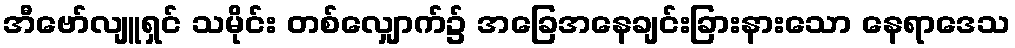
အီဗော်လျူရှင် သမိုင်း တစ်လျှောက်၌ အခြေအနေချင်းခြားနားသော နေရာဒေသ